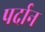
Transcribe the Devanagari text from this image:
पर्दान